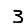
Digit: 3